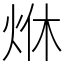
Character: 烌